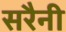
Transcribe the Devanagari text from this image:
सरैनी